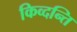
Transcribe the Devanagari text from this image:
किव्दन्ति